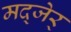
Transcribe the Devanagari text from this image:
मद्जेर्